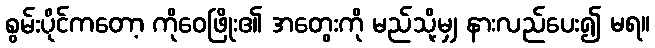
စွမ်းပိုင်ကတော့ ကိုဝေဖြိုး၏ အတွေးကို မည်သို့မျှ နားလည်ပေး၍ မရ။